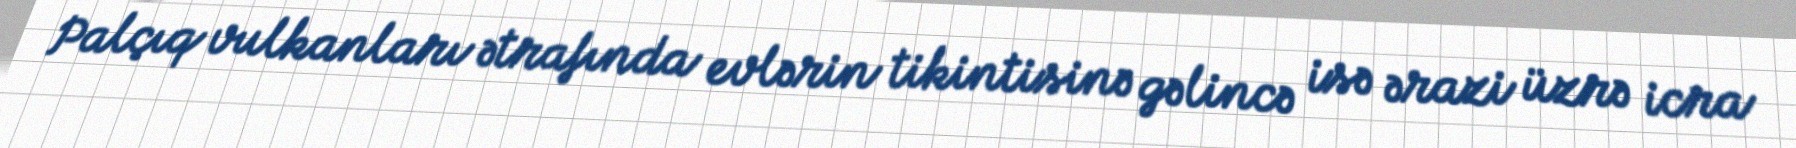
Palçıq vulkanları ətrafında evlərin tikintisinə gəlincə isə ərazi üzrə icra